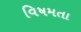
વિષમતા